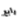
رابع